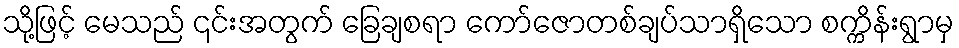
သို့ဖြင့် မေသည် ၎င်းအတွက် ခြေချစရာ ကော်ဇောတစ်ချပ်သာရှိသော စက္ကိန်းရွာမှ